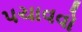
પચાવવો